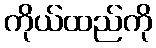
ကိုယ်ထည်ကို